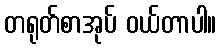
တရုတ်စာအုပ် ဝယ်တာပါ။